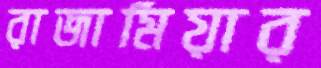
রাজামিয়ার